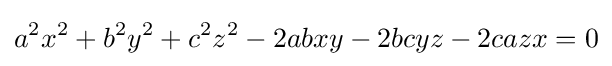
a^{2}x^{2}+b^{2}y^{2}+c^{2}z^{2}-2abxy-2bcyz-2cazx=0